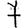
Digit: 7